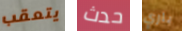
يتعقب حدث باري